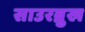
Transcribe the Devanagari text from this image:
साउरब्रुख